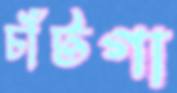
চাঁটগা